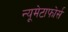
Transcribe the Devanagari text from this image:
न्यूमेटाफोर्स